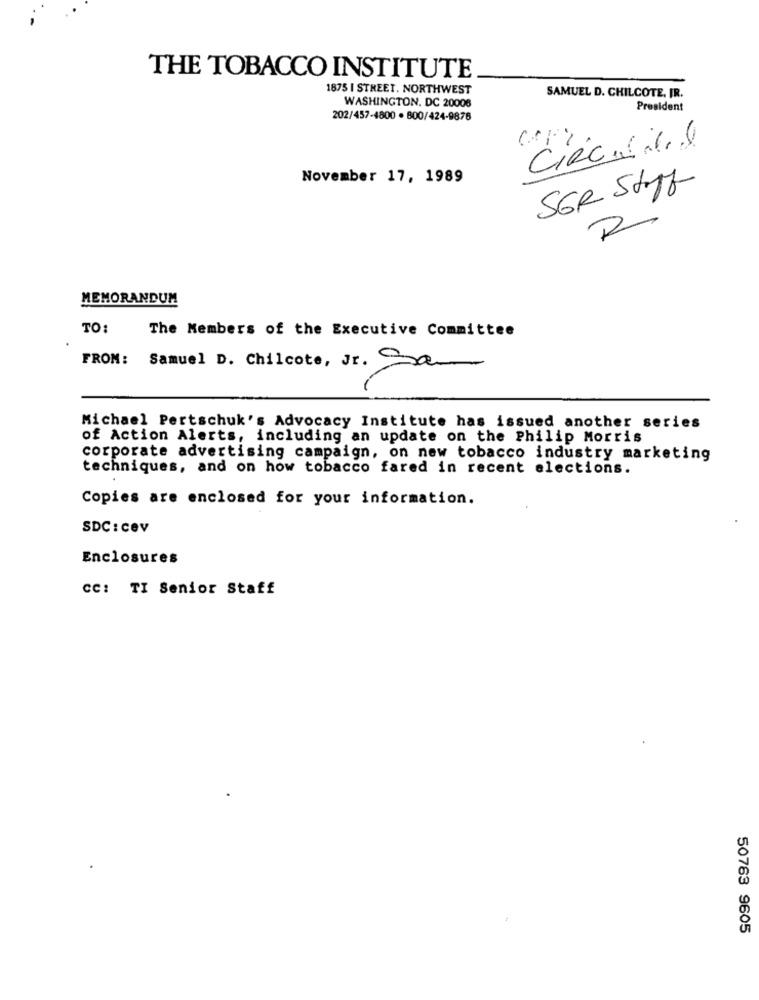
THE TOBACCO INSTITUTE
1875 I STREET. NORTHWEST
SAMUEL D. CHILCOTE. IR.
WASHINGTON, DC 20006
President
202/457-4800 · 800/424-9876
Circu 14
November 17, 1989
SER Strf
MEMORANDUM
TO:
The Members of the Executive Committee
FROM: Samuel D. Chilcote, Jr. Sa
Michael Pertschuk's Advocacy Institute has issued another series
of Action Alerts, including an update on the Philip Morris
corporate advertising campaign, on new tobacco industry marketing
techniques, and on how tobacco fared in recent elections.
Copies are enclosed for your information.
SDC : cev
Enclosures
CC: TI Senior Staff
50763 9605